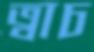
ত্বাচ